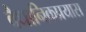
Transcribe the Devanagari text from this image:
वैधानिकप्रयास